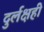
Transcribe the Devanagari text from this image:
दुर्लक्षही